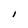
Character: I